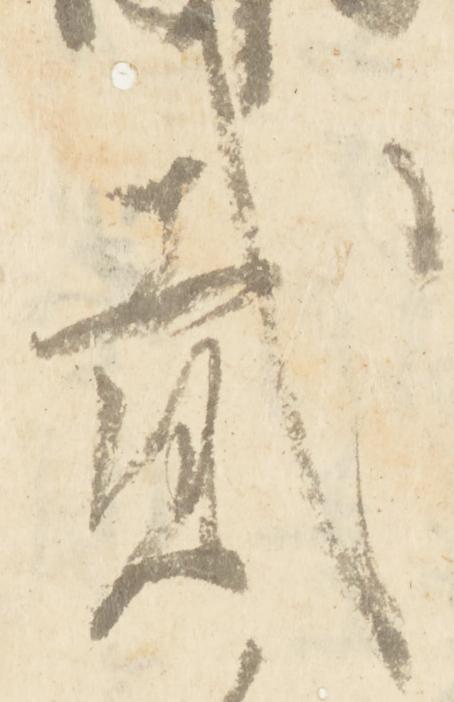
弐